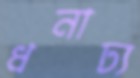
ধনাঢ্য